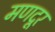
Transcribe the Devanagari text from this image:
मणदूर